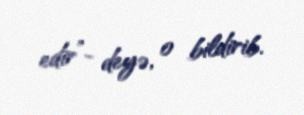
edir”- deyə, o bildirib.